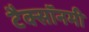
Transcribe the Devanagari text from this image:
टैक्सॉनमी